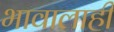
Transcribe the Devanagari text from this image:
भावालाही